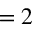
= 2